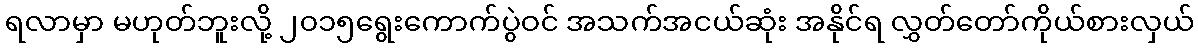
ရလာမှာ မဟုတ်ဘူးလို့ ၂၀၁၅ရွေးကောက်ပွဲဝင် အသက်အငယ်ဆုံး အနိုင်ရ လွှတ်တော်ကိုယ်စားလှယ်